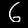
Digit: 6